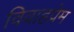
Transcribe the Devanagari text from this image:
विवाहप्रेम